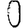
Digit: 0